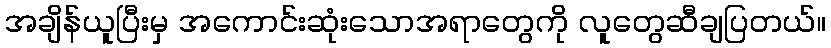
အချိန်ယူပြီးမှ အကောင်းဆုံးသောအရာတွေကို လူတွေဆီချပြတယ်။